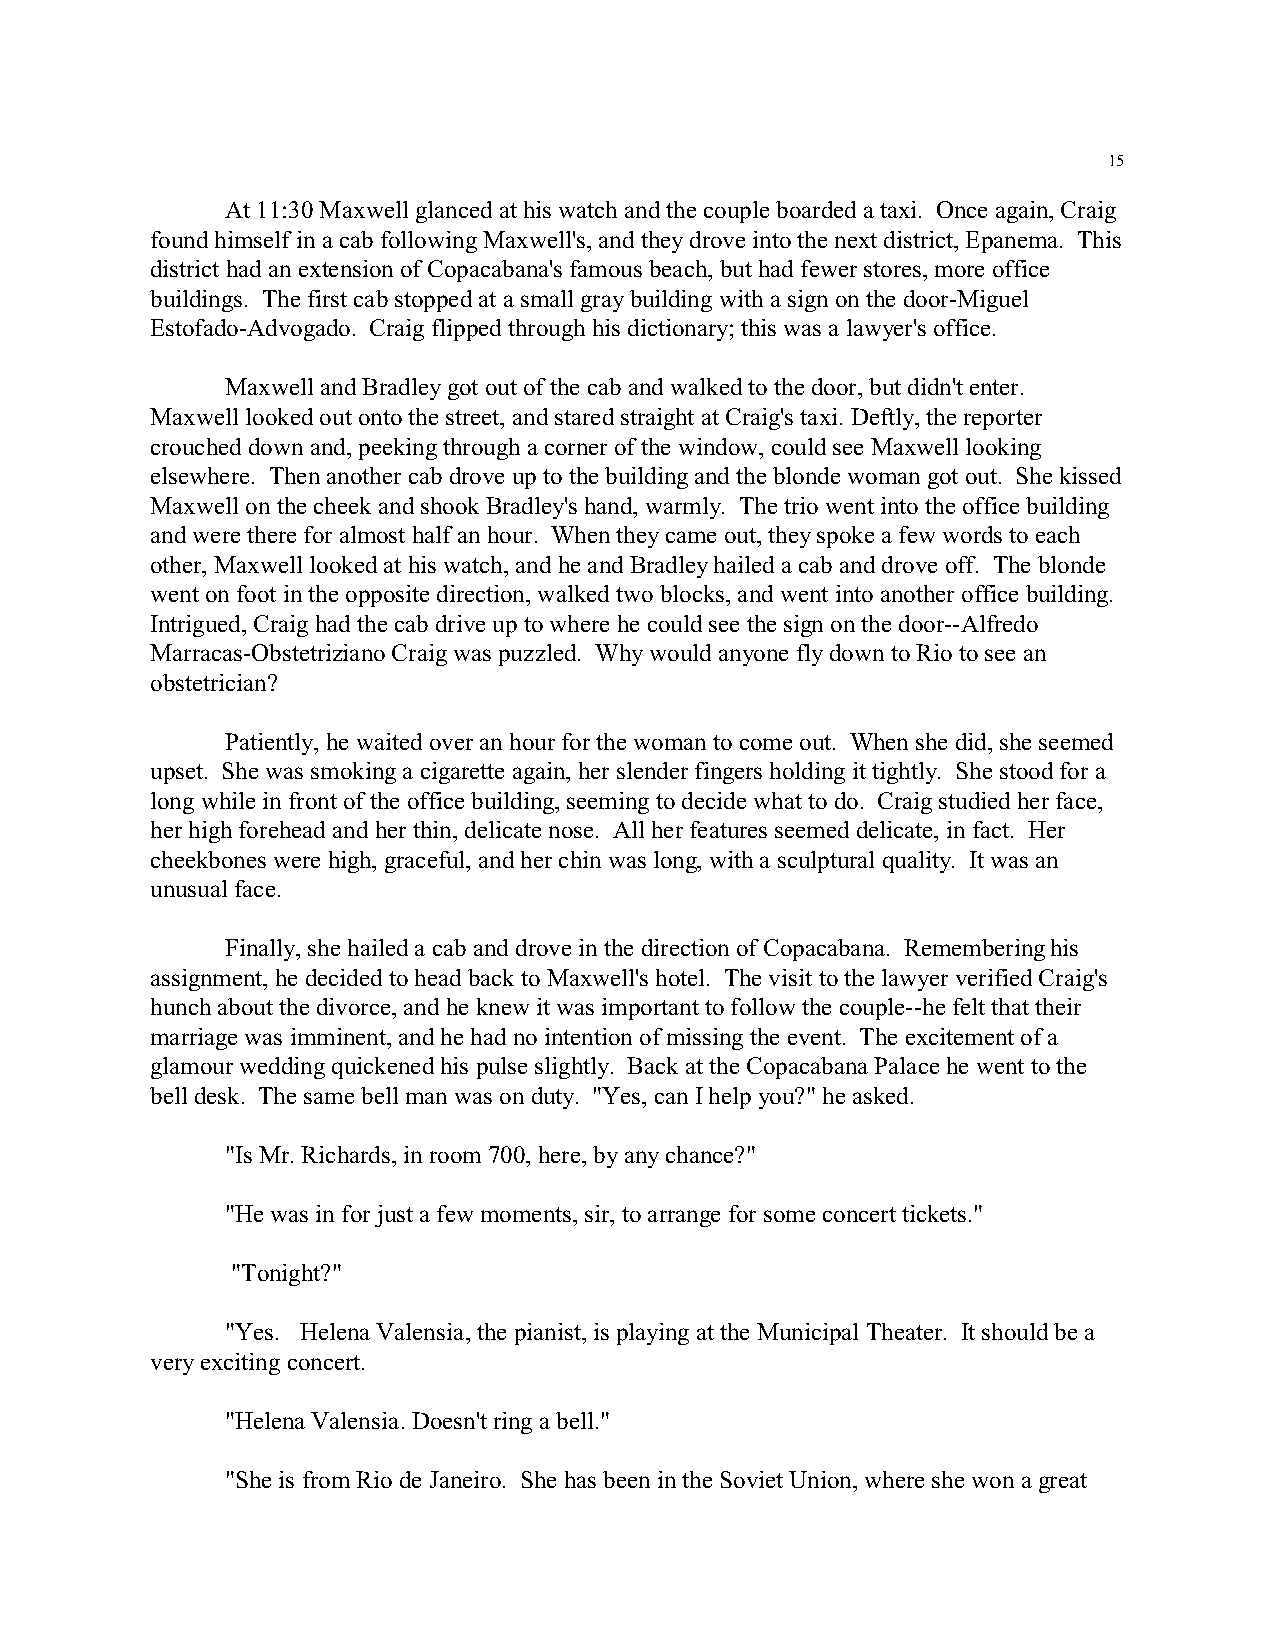
15
 At 11:30 Maxwell glanced at his watch and the couple boarded a taxi. Once again, Craig
 found himself in a cab following Maxwell's, and they drove into the next district, Epanema. This
 district had an extension of Copacabana's famous beach, but had fewer stores, more office
 buildings. The first cab stopped at a small gray building with a sign on the door-Miguel
 Estofado-Advogado. Craig flipped through his dictionary; this was a lawyer's office.
 Maxwell and Bradley got out of the cab and walked to the door, but didn't enter.
 Maxwell looked out onto the street, and stared straight at Craig's taxi. Deftly, the reporter
 crouched down and, peeking through a corner of the window, could see Maxwell looking
 elsewhere. Then another cab drove up to the building and the blonde woman got out. She kissed
 Maxwell on the cheek and shook Bradley's hand, warmly. The trio went into the office building
 and were there for almost half an hour. When they came out, they spoke a few words to each
 other, Maxwell looked at his watch, and he and Bradley hailed a cab and drove off. The blonde
 went on foot in the opposite direction, walked two blocks, and went into another office building.
 Intrigued, Craig had the cab drive up to where he could see the sign on the door--Alfredo
 Marracas-Obstetriziano Craig was puzzled. Why would anyone fly down to Rio to see an
 obstetrician?
 Patiently, he waited over an hour for the woman to come out. When she did, she seemed
 upset. She was smoking a cigarette again, her slender fingers holding it tightly. She stood for a
 long while in front of the office building, seeming to decide what to do. Craig studied her face,
 her high forehead and her thin, delicate nose. All her features seemed delicate, in fact. Her
 cheekbones were high, graceful, and her chin was long, with a sculptural quality. It was an
 unusual face.
 Finally, she hailed a cab and drove in the direction of Copacabana. Remembering his
 assignment, he decided to head back to Maxwell's hotel. The visit to the lawyer verified Craig's
 hunch about the divorce, and he knew it was important to follow the couple--he felt that their
 marriage was imminent, and he had no intention of missing the event. The excitement of a
 glamour wedding quickened his pulse slightly. Back at the Copacabana Palace he went to the
 bell desk. The same bell man was on duty. "Yes, can I help you?" he asked.
 "Is Mr. Richards, in room 700, here, by any chance?"
 "He was in for just a few moments, sir, to arrange for some concert tickets."
 "Tonight?"
 "Yes. Helena Valensia, the pianist, is playing at the Municipal Theater. It should be a
 very exciting concert.
 "Helena Valensia. Doesn't ring a bell."
 "She is from Rio de Janeiro. She has been in the Soviet Union, where she won a great